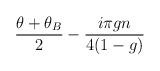
LaTeX: \begin{align*}\frac{\theta + \theta_B }{2} - \frac{i\pi g n}{4(1-g)}\end{align*}